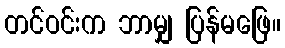
တင်ဝင်းက ဘာမျှ ပြန်မဖြေ။